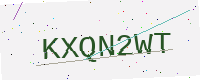
Text: KXQN2WT